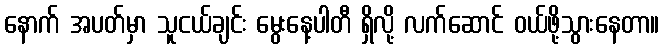
နောက် အပတ်မှာ သူငယ်ချင်း မွေးနေ့ပါတီ ရှိလို့ လက်ဆောင် ဝယ်ဖို့သွားနေတာ။